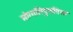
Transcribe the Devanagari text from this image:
मोग्गलिपुत्ततिस्स